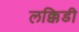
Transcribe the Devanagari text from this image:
लक्किडी